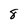
Character: 8